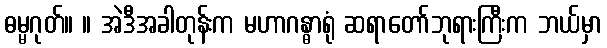
ဓမ္မဂုတ်။ ။ အဲဒီအခါတုန်းက မဟာဂန္ဓာရုံ ဆရာတော်ဘုရားကြီးက ဘယ်မှာ